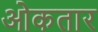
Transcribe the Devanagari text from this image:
ओकतार